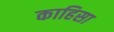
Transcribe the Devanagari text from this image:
काहिसा